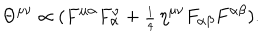
LaTeX: \Theta ^ { \mu \nu } \propto ( F ^ { \mu \alpha } F _ { \alpha } ^ { \hspace { 1 . 5 m m } \nu } + { \scriptstyle \frac { 1 } { 4 } } \, \eta ^ { \mu \nu } F _ { \alpha \beta } F ^ { \alpha \beta } ) .